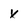
Character: x